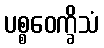
ပစ္စဝေက္ခိသံ